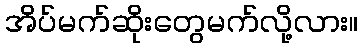
အိပ်မက်ဆိုးတွေမက်လို့လား။